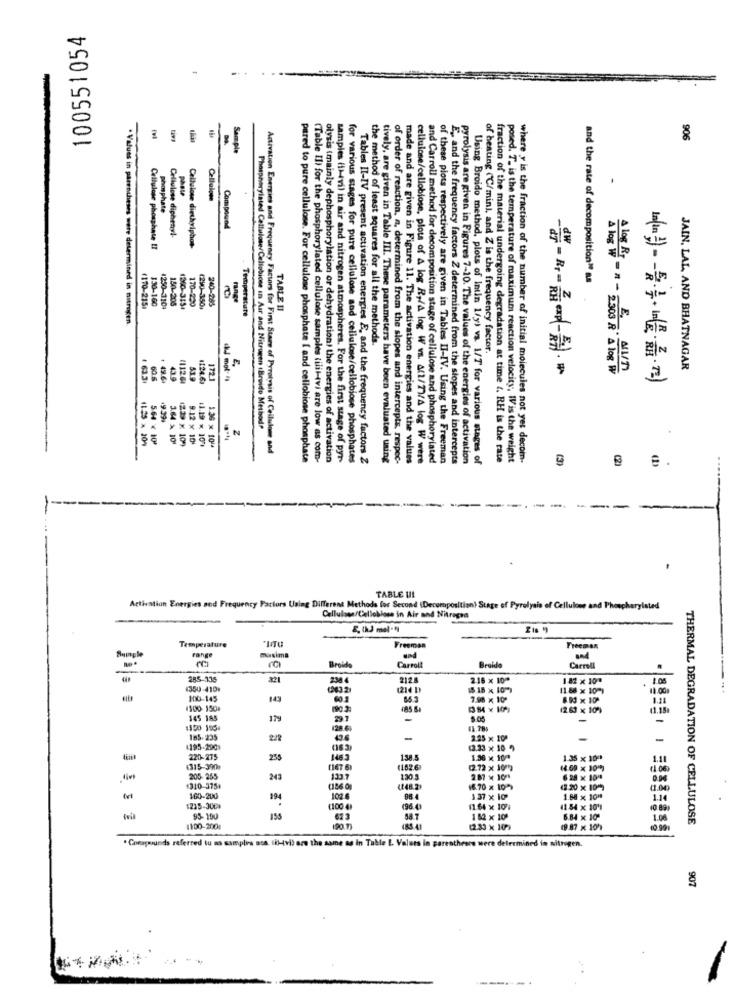
100551054
-
906
Sam ple
.
phate
Cellulose
phosphate
Cellulose diphenyl-
Compound
Cellulose diethylphos-
Cellulose phosphate !!
and the rate of decomposition" as
330-160
150-205
240-285
(170-2151
1250-3104
1200-3154
170-250
(290-350)
Temperature
TABLE II
. Values in parentheses were determined in nitrogen.
the method of least squares for all the methods.
of heating (C/min), and Z is the frequency factor.
-
A log W - 4 - 2303 R " A log W
E. A1/1
JAIN, LAL AND BHATNAGAR
+ 633
60.5
49.6
43.9
111261
41.9
124.61
172.1
kJ mol- h
Phosphorylated Cellulose/Cellobicee in Air and Nitrogen (Bruido MethodP
11.25 × 204
564 € 10
1239 x 109
9.12 ×10
11.19 × 10%
1.36 x 101.
Activation Energies and Frequency Factors for First Stare of Pyrolysis of Cellulose and
pared to pure cellulose. For cellulose phosphate I and cellobiose phosphate
(Table Il) for the phosphorylated cellulose samples tilil-vi are low as com-
olysis (mainly dephosphorylation or dehydration) the energies of activation
samples (t)vil in air and nitrogen atmospheres. For the first stage of pyr-
for various stages for pure cellulose and cellulose/cellobiose phosphates
Tables Il-IV present activation energies E, and the frequency factors Z
tively, are given in Table III. These parameters have been evaluated using
of order of reaction, a, determined from the slopes and intercepts, respec-
cellulose/cellobiose, plots of A log R,/A log W vs. 4/1/77/4 log W were
and Carroll method for decomposition stage of cellulose and phosphorylated
of these plots respectively are given in Tables II-IV. Using the Freeman
E, and the frequency factors Z determined from the slopes and intercepts
pyrolysis are given in Figures 7-10. The values of the energies of activation
Using Broido method, plots of Intin 1/y) vs. 1/T for various stages of
fraction of the material undergoing degradation at time 4. RH is the rate
posed. T. is the temperature of maximum reaction velocity, WV is the weight
where y is the fraction of the number of initial molecules not yet decom-
(3)
made and are given in Figure 11. The activation energies and the values
-
1-
TABLE UIL
Activation Energies sod Frequency Factors Using Different Methods for Second (Decomposition) Stage of Pyrolysis of Cellulose and Phosphorylsted
Cellulose/Cellobloss in Air and Nitrogen
Sample
Temperature
Freeman
Fange
maxima
and
Broid
Carroll
Broida
Carreli
285-336
x21
238
2124
216x 100
1 82 x 101
<350-410₽
(263.21
1214 D
15.18 x 1099
11.88 x 10-1
100-145
143
60.2
86.3
7.98 x 10ª
8.80 x 10
1100 150
185.61
12.63 x 10)
145 185
179
29 7
-
5.05
-
-
1550 195.
(28.6
185-235
-
2.25 x 10ª
-
4195-290
063
13.33 x 10 9
220-275
255
1465
1.36 x 10mª
1.35 x 1001
4315-390
(167 6)
(162.6
(2.72 x 1071)
(4.69 × 10")
205-255
243
133.7
130 3
2.87 x 10%
6 .28 x 101
1310-3754
(186.00
(248.2)
16.70 x 10)
(2.20 x 10%)
11.00
160-200
19
102.6
1.37 x 10
1.88 x 1080
1.14
1235-300*
(100 4)
11.64 x 104
41.54 x 10%1
10 821
wi
95-100
623
58.7
182 x 10
6.84 x 10
1.00
THERMAL DEGRADATION OF CELLULOSE
1100-2008
(2.30 x 10)
19.87 x 10h
"Compounds referred tu as samples nos Ik-tvil are the same as in Table [. Values in parentheses were determined in nitrogen.
907